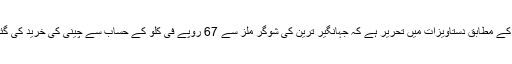
زرائع کے مطابق دستاویزات میں تحریر ہے کہ جہانگیر ترین کی شوگر ملز سے 67 روپے فی کلو کے حساب سے چینی کی خرید کی گئی ہے۔